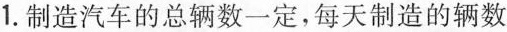
1.制造汽车的总辆数一定，每天制造的辆数